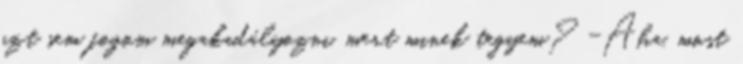
azt sem fogom megakadályozni, mert minek tegyem? -Aha, most